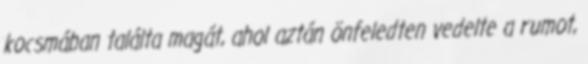
kocsmában találta magát, ahol aztán önfeledten vedelte a rumot,